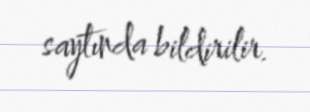
saytında bildirilir.